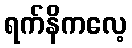
ရက်နိကလေ့